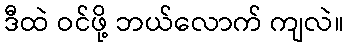
ဒီထဲ ဝင်ဖို့ ဘယ်လောက် ကျလဲ။